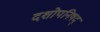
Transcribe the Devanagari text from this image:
दशोपनिषद्